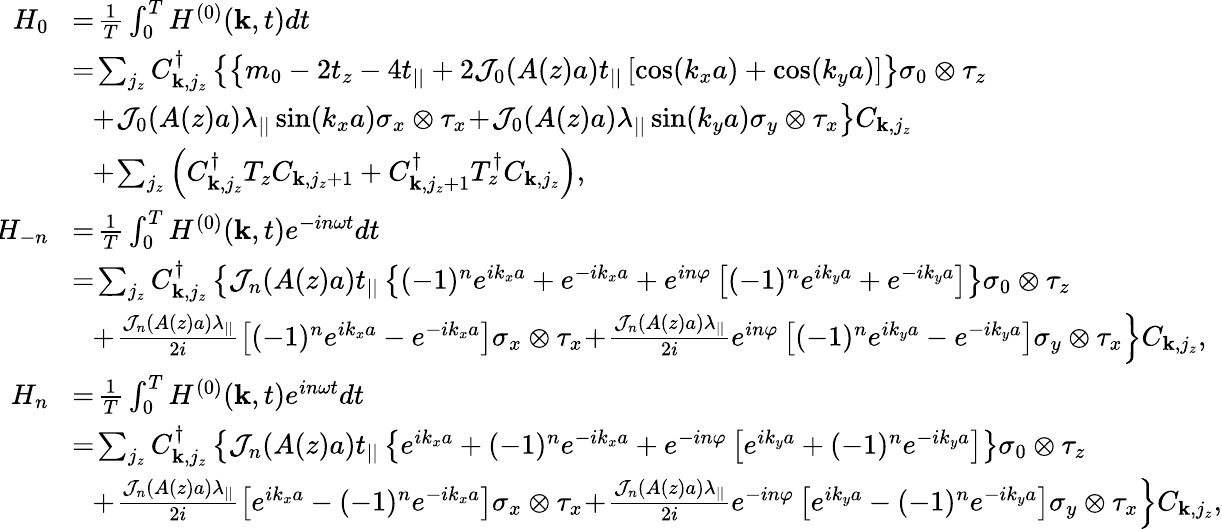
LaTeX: \begin{array}{rl}{H_{0}}&{\! =\! \frac{1}{T}\int_{0}^{T}H^{(0)}({\mathbf k},t)dt}\\ &{\! =\! \sum_{j_{z}}C_{{\mathbf k},j_{z}}^{\dagger}\left\{ \left\{ m_{0}-2t_{z}-4t_{||}+2{\cal J}_{0}(A(z)a)t_{||}\left[\cos(k_{x}a)+\cos(k_{y}a)\right]\right\} \sigma_{0}\otimes\tau_{z}\right.}\\ &{\left.~~\! +\! {\cal J}_{0}(A(z)a)\lambda_{||}\sin(k_{x}a)\sigma_{x}\otimes\tau_{x}\! +\! {\cal J}_{0}(A(z)a)\lambda_{||}\sin(k_{y}a)\sigma_{y}\otimes\tau_{x}\right\} C_{{\mathbf k},j_{z}}}\\ &{~~\! +\! \sum_{j_{z}}\left(C_{{\mathbf k},j_{z}}^{\dagger}T_{z}C_{{\mathbf k},j_{z}+1}+C_{{\mathbf k},j_{z}+1}^{\dagger}T_{z}^{\dagger}C_{{\mathbf k},j_{z}}\right),}\\ {\! H_{-n}}&{\! =\! \frac{1}{T}\int_{0}^{T}H^{(0)}({\mathbf k},t)e^{-in\omega t}dt}\\ &{\! =\! \sum_{j_{z}}C_{{\mathbf k},j_{z}}^{\dagger}\left\{ {\cal J}_{n}(A(z)a)t_{||}\left\{ (-1)^{n}e^{ik_{x}a}+e^{-ik_{x}a}+e^{in\varphi}\left[(-1)^{n}e^{ik_{y}a}+e^{-ik_{y}a}\right]\right\} \sigma_{0}\otimes\tau_{z}\right.}\\ &{\left.~~\! +\! \frac{{\cal J}_{n}(A(z)a)\lambda_{||}}{2i}\left[(-1)^{n}e^{ik_{x}a}-e^{-ik_{x}a}\right]\sigma_{x}\otimes\tau_{x}\! +\! \frac{{\cal J}_{n}(A(z)a)\lambda_{||}}{2i}e^{in\varphi}\left[(-1)^{n}e^{ik_{y}a}-e^{-ik_{y}a}\right]\sigma_{y}\otimes\tau_{x}\right\} C_{{\mathbf k},j_{z}},}\\ {\! H_{n}}&{\! =\! \frac{1}{T}\int_{0}^{T}H^{(0)}({\mathbf k},t)e^{in\omega t}dt}\\ &{\! =\! \sum_{j_{z}}C_{{\mathbf k},j_{z}}^{\dagger}\left\{ {\cal J}_{n}(A(z)a)t_{||}\left\{ e^{ik_{x}a}+(-1)^{n}e^{-ik_{x}a}+e^{-in\varphi}\left[e^{ik_{y}a}+(-1)^{n}e^{-ik_{y}a}\right]\right\} \sigma_{0}\otimes\tau_{z}\right.}\\ &{\left.~~\! +\! \frac{{\cal J}_{n}(A(z)a)\lambda_{||}}{2i}\left[e^{ik_{x}a}-(-1)^{n}e^{-ik_{x}a}\right]\sigma_{x}\otimes\tau_{x}\! +\! \frac{{\cal J}_{n}(A(z)a)\lambda_{||}}{2i}e^{-in\varphi}\left[e^{ik_{y}a}-(-1)^{n}e^{-ik_{y}a}\right]\sigma_{y}\otimes\tau_{x}\right\} C_{{\mathbf k},j_{z}},}\end{array}